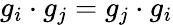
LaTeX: g_{i}\cdot g_{j}=g_{j}\cdot g_{i}